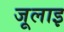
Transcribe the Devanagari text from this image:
जूलाइ